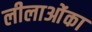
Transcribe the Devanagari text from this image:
लीलाओंका